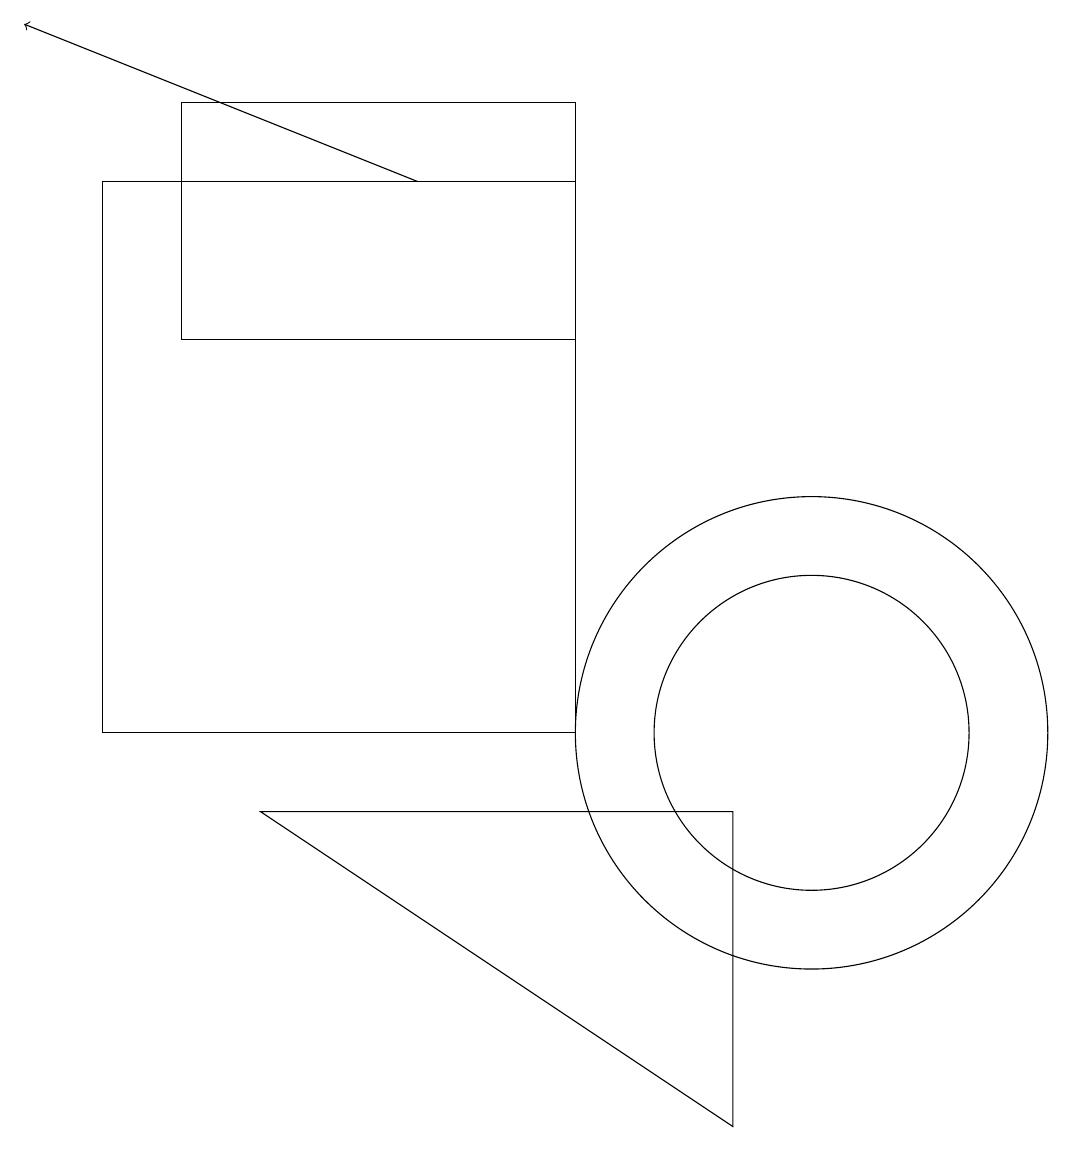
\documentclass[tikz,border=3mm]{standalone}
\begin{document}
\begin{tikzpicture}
\draw (10,10) circle (3);
\draw (3,9) -- (9,9) -- (9,5) -- cycle;
\draw (10,10) circle (2);
\draw[->] (5,17) -- (0,19);
\draw (7,17) rectangle (1,10);
\draw (7,18) rectangle (2,15);
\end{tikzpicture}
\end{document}